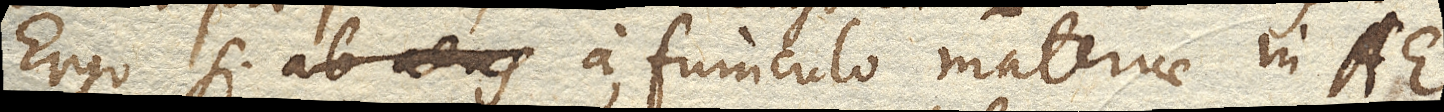
Ergo si ab aeris a funiculo materiae in AE.